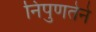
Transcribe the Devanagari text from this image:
निपुणतेने